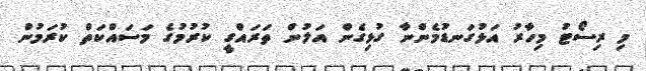
މި ރިސޯޓު މިހާރު އަޅުގަނޑުމެންނާ ގުޅިގެން އަލުން ތަރައްގީ ކުރުމުގެ މަސައްކަތް ކުރަމުން